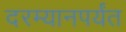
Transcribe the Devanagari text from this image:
दरम्यानपर्यंत